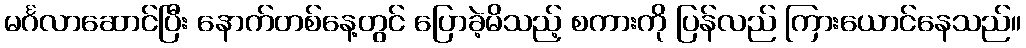
မင်္ဂလာဆောင်ပြီး နောက်တစ်နေ့တွင် ပြောခဲ့မိသည့် စကားကို ပြန်လည် ကြားယောင်နေသည်။